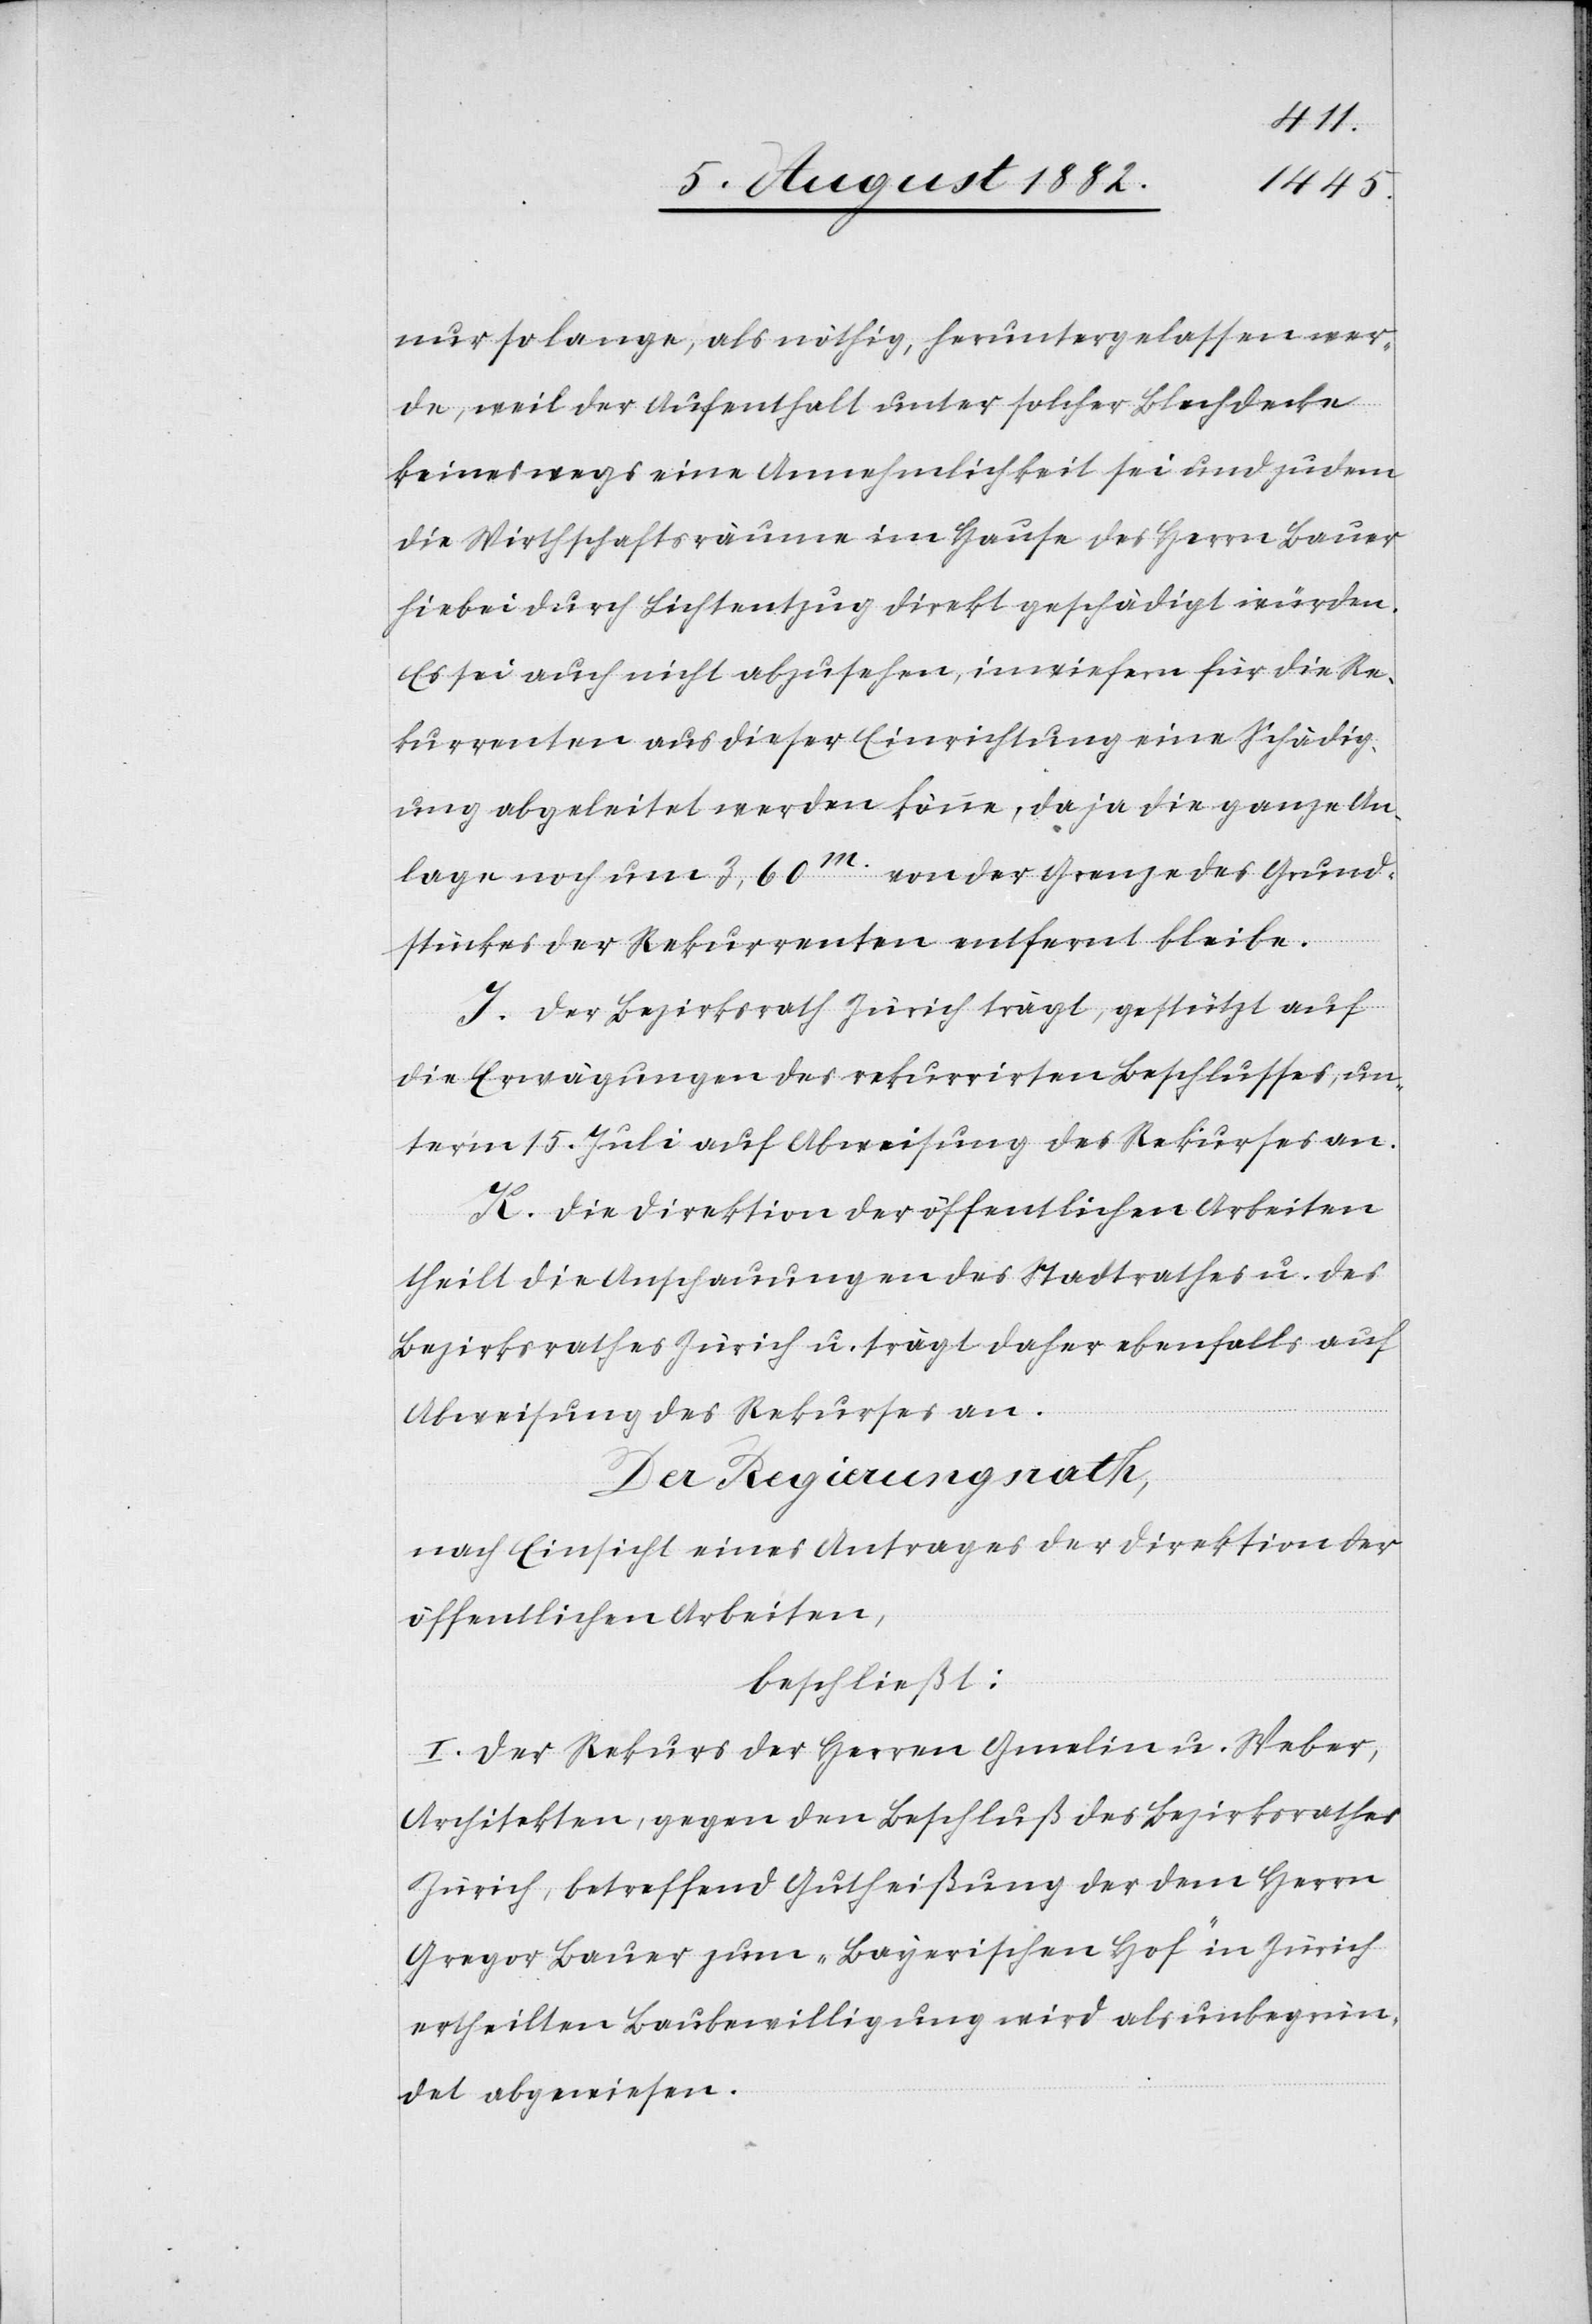
nur so lange, als nöthig, heruntergelassen wer¬
de, weil der Aufenthalt unter solcher Blechdecke
keineswegs eine Annehmlichkeit sei und zudem
die Wirthschaftsräume im Hause des Herrn Bauer
hiebei durch Lichtentzug direkt geschädigt würden.
Es sei auch nicht abzusehen, inwiefern für die Re¬
kurrenten aus dieser Einrichtung eine Schädig¬
ung abgeleitet werden könne, da ja die ganze An¬
lage noch um 3,60m von der Grenze des Grund¬
stückes des Rekurrenten entfernt bleibe.
I. Der Bezirksrath Zürich trägt, gestützt auf
die Erwägungen des rekurrirten Beschlusses, un¬
ter’m 15. Juli auf Abweisung des Rekurses an.
K. Die Direktion der öffentlichen Arbeiten
theilt die Anschauungen des Stadtrathes u. des
Bezirksrathes Zürich u. trägt daher ebenfalls auf
Abweisung des Rekurses an.
Der Regierungsrath,
nach Einsicht eines Antrages der Direktion der
öffentlichen Arbeiten,
beschließt:
I. Der Rekurs der Herren Gmelin u. Weber,
Architekten, gegen den Beschluß des Bezirksrathes
Zürich, betreffend Gutheißung der dem Herrn
Gregor Bauer zum „Bayerischen Hof“ in Zürich
ertheilten Baubewilligung wird als unbegrün¬
det abgewiesen.